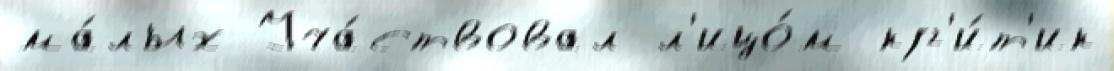
ма́лых Уча́ствовал л'ицо́м кр'и́т'ик